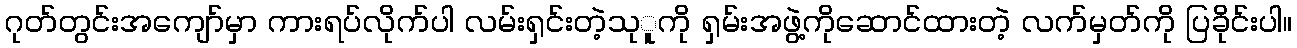
ဂုတ်တွင်းအကျော်မှာ ကားရပ်လိုက်ပါ လမ်းရှင်းတဲ့သုူကို ရှမ်းအဖွဲ့ကိုဆောင်ထားတဲ့ လက်မှတ်ကို ပြခိုင်းပါ။